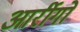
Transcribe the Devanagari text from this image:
आर्रीगो